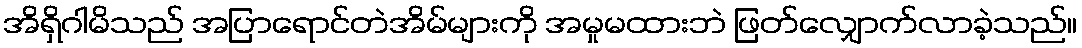
အိရှိဂါမိသည် အပြာရောင်တဲအိမ်များကို အမှုမထားဘဲ ဖြတ်လျှောက်လာခဲ့သည်။